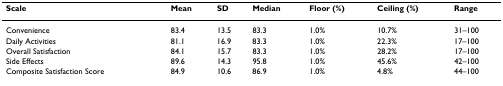
<table><thead><tr><td><b>Scale</b></td><td><b>Mean</b></td><td><b>SD</b></td><td><b>Median</b></td><td><b>Floor (%)</b></td><td><b>Ceiling (%)</b></td><td><b>Range</b></td></tr></thead><tbody><tr><td>Convenience</td><td>83.4</td><td>13.5</td><td>83.3</td><td>1.0%</td><td>10.7%</td><td>31–100</td></tr><tr><td>Daily Activities</td><td>81.1</td><td>16.9</td><td>83.3</td><td>1.0%</td><td>22.3%</td><td>17–100</td></tr><tr><td>Overall Satisfaction</td><td>84.1</td><td>15.7</td><td>83.3</td><td>1.0%</td><td>28.2%</td><td>17–100</td></tr><tr><td>Side Effects</td><td>89.6</td><td>14.3</td><td>95.8</td><td>1.0%</td><td>45.6%</td><td>42–100</td></tr><tr><td>Composite Satisfaction Score</td><td>84.9</td><td>10.6</td><td>86.9</td><td>1.0%</td><td>4.8%</td><td>44–100</td></tr></tbody></table>